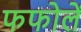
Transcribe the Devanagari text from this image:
फफोलें